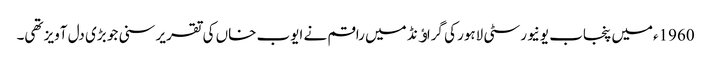
1960ءمیں پنجاب یونیورسٹی لاہور کی گراﺅنڈ میں راقم نے ایوب خاں کی تقریر سنی جو بڑی دل آویز تھی۔